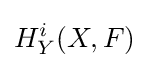
H_{Y}^{i}(X,F)